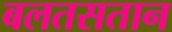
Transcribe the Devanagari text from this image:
बलतसतान